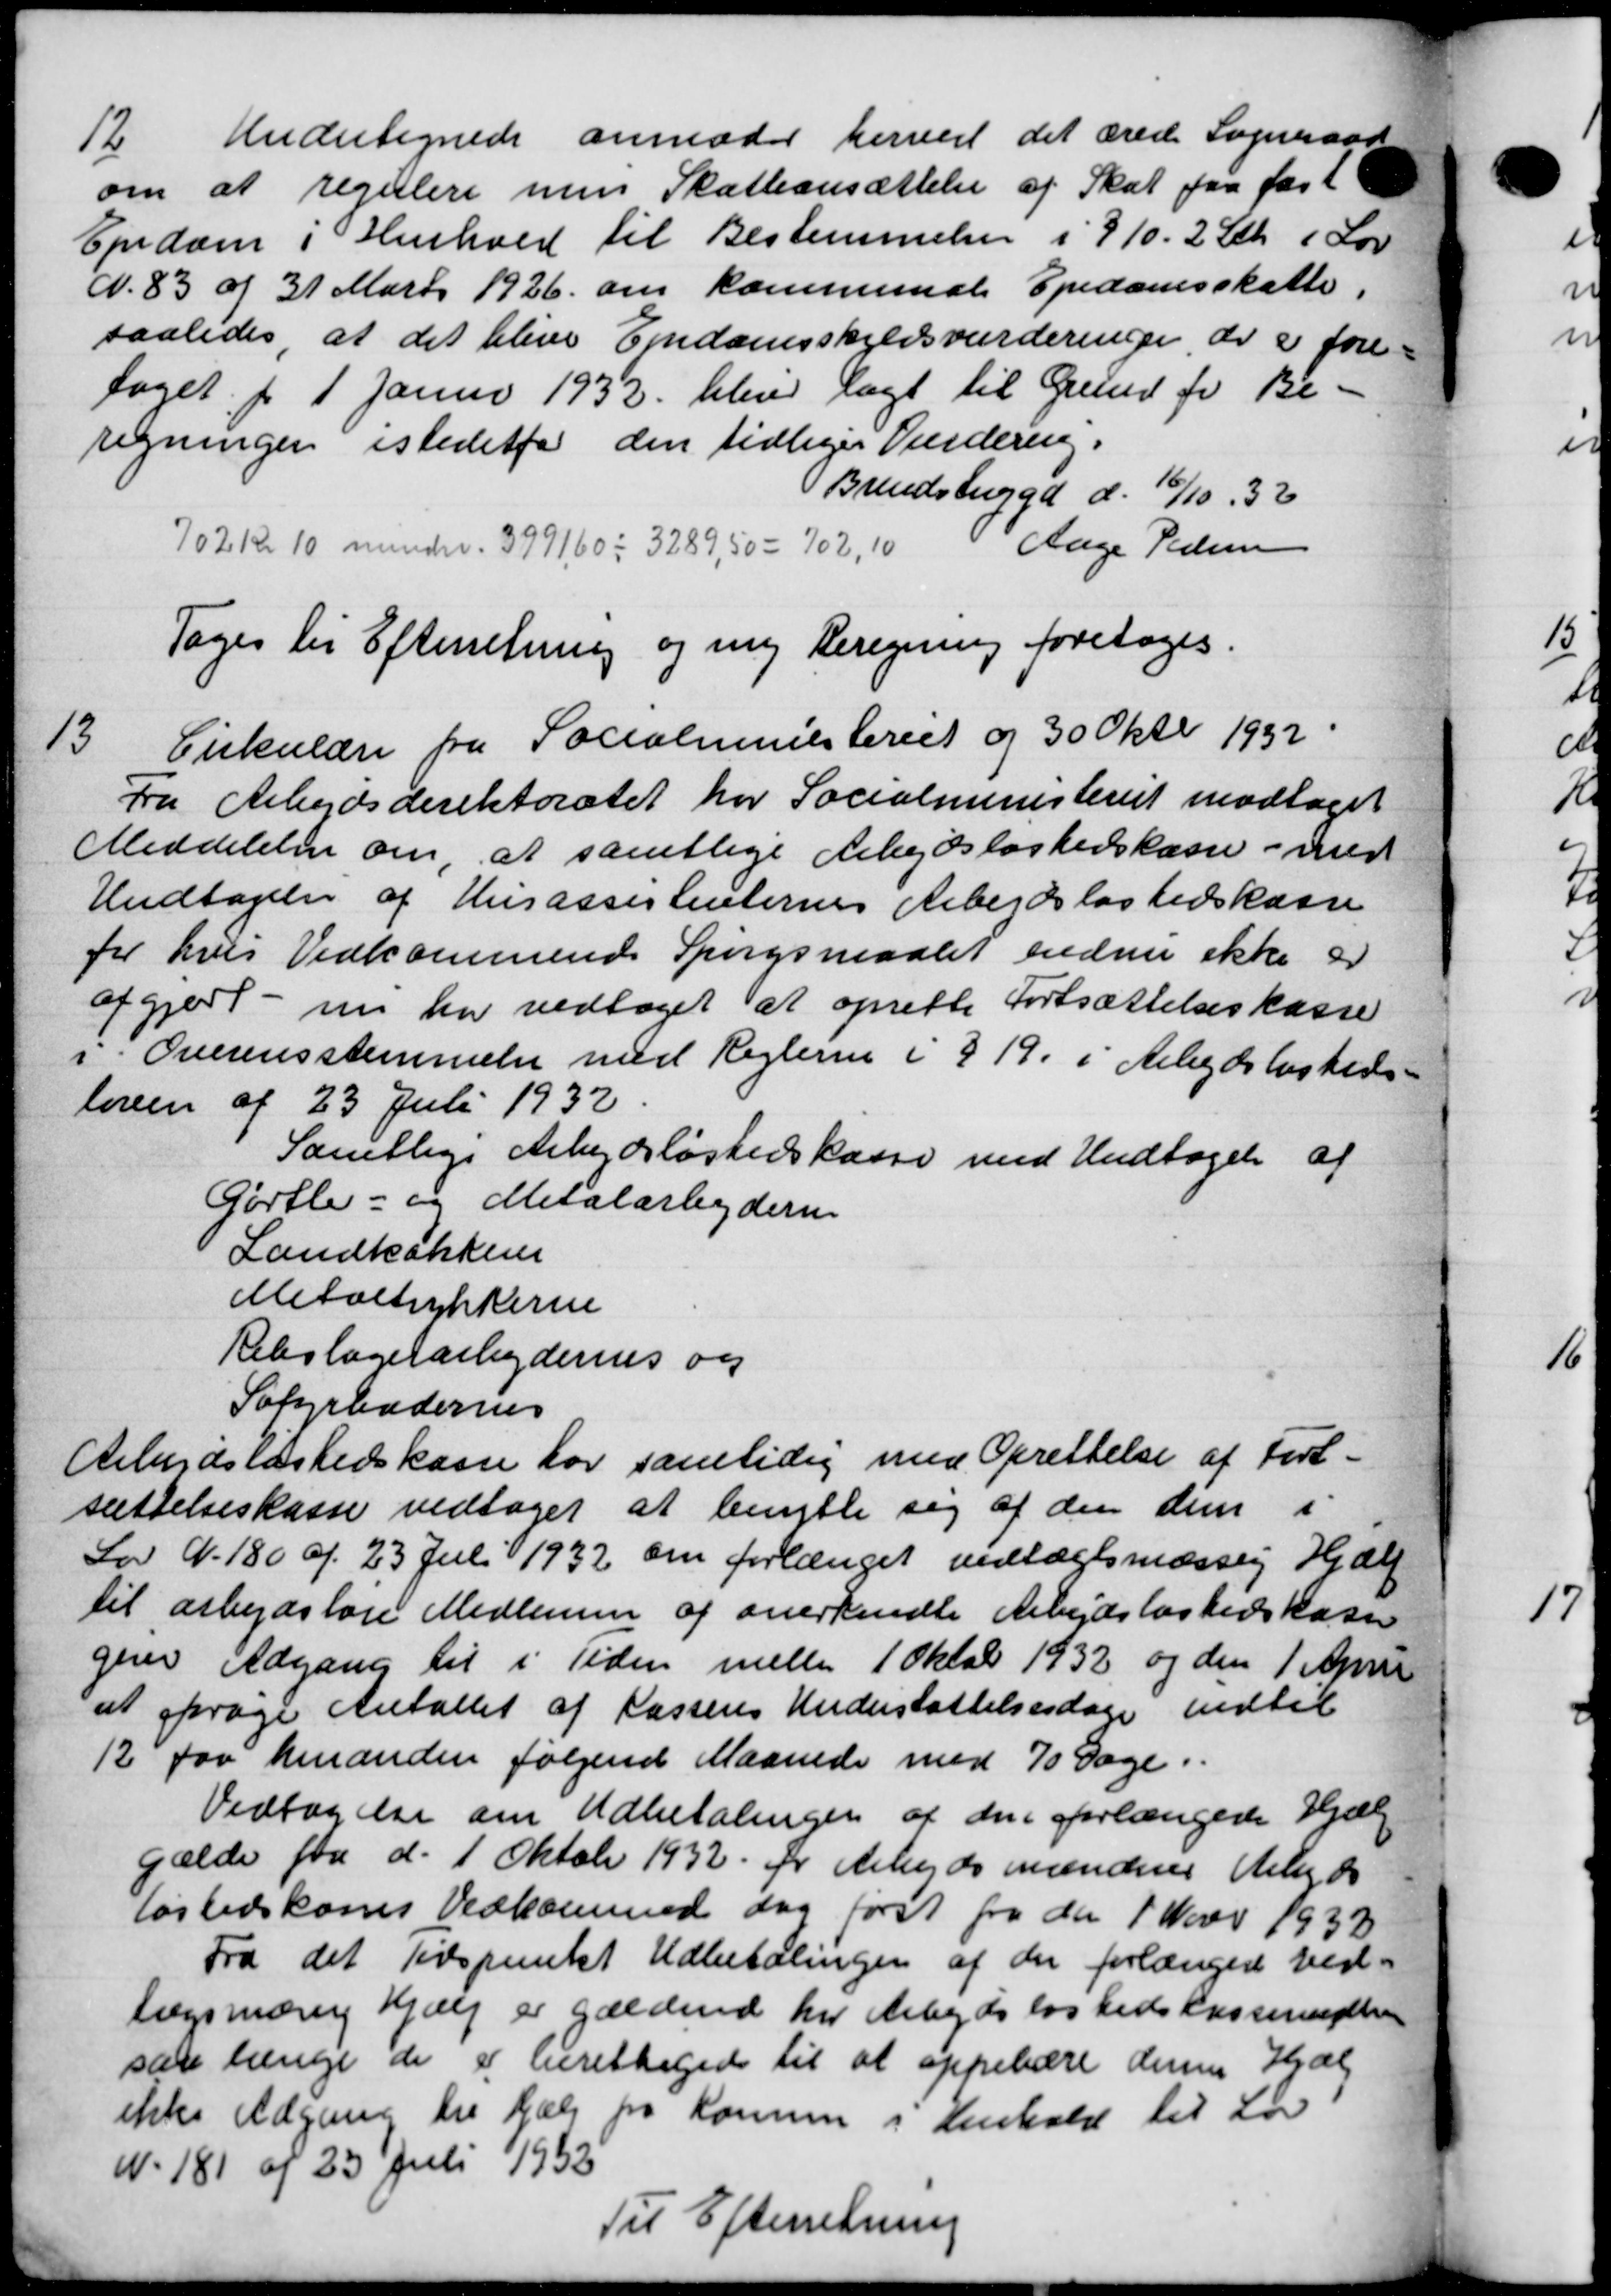
Transskription:
12
Undertegnede anmoder herved det ærede Sogneraad
om at regulere men Skatteansættelse af Skat faa fast
Ejendom i Henhold til Bestemmelser i 910. 2 Stk i Lov
N. 83 af 31 Marts 1926 om kommunale Ejendomsskatter,
saaledes, at det blive Ejendomsskyldsvurderinger, der i fore-
taget pr 1 Januar 1932 blev lagt til Grund for Be-
regningen istedetfor den tidliger Vurdering.
Brendstigg d. 16/10 33
702 Kr 10 minder. 3991,60 = 3289,50 - 702, 10
Aage Pedersen
Toges til Efterretning og ny Beregning foretoges.
13
Cirkulære fra Socialministeriet og 30 Oktb 1932
Fra Arbejdsdirektoratet for Socialministeriet modtaget
Meddelelser om, at samtlige Arbejdsløshedskasse - med
Undtagelse af Husassistenternes Arbejdsløshedskasse
for hver Vedkommende Spørgsmaalet endnu ikke er
afgjort - nu har vedtages at oprette Fortsættelseskasse
i Overensstemmelse med Reglerne i 919. i Arbejdsløsheds-
loven af 23 Juli 1932
Samtlige Arbejdsløshedskasse med Undtagelse af
Gørtle- og Metalarbejderne
Landkakken
Metoltrykkerie
Rebslagerarbejdernes og
Sofyrbodernes
Arbejdsløshedskasse for samtidig med Oprettelse af Fort-
sættelseskasse vedtoges at benytte sig af den dem i
Lov N. 180 af 23 Juli 1932 om forlænget vedtægtsmæssig Hjælp
til arbejdsløse Medlemmer af anerkendte Arbejdsløshedskasse
giver Udgang til i Tiden meller 1 Oktobr 1932 og den 1 April
at prøge Antallet af Kasseres Understøttelsesdage indtil
12 for hinanden følgende Maanede med 70 Dage.
Vedtagelse om Udbetalingen af den forlængede Hjælp
gælde fra d. 1 Oktober 1932 pr Arbejdsmænden til de
løshedskoms Vedkommed dog først fra den 1 Novbr 1933
Fra det Tidspunkt Udbetalingen af der forlængere ved-
lægsmæng Hjælp er gældende her Arbejdsløshedskasseretten
san længe de er berettigede til at oppebære denne Hjælp
ikke Udgaver til Hjælp fra Komune i Henhold til Løv
N. 181 af 23 Juli 1952
Til Efterretning